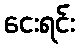
ငေးရင်း